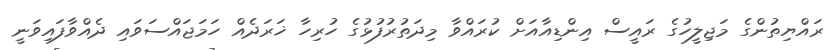
ރައްޔިތުންގެ މަޖިލީހުގެ ރައީސް އިންޑިއާއަށް ކުރައްވާ މިދަތުރުފުޅުގެ ހުރިހާ ޚަރަދެއް ހަމަޖައްސަވައި ދެއްވާފައިވަނީ